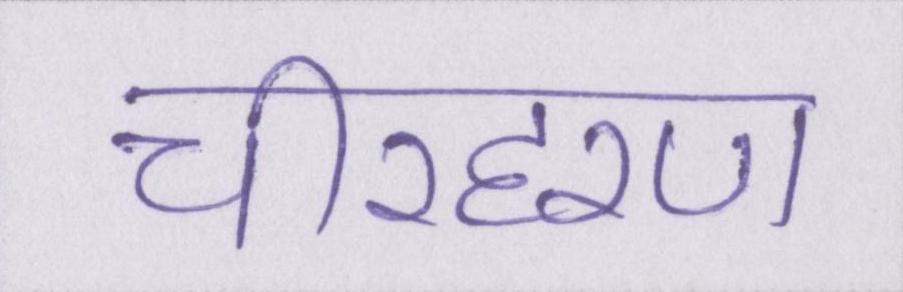
चीरहरण